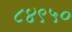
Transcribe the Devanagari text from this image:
८४९५०